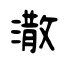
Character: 潵